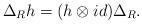
LaTeX: \begin{align*}\Delta_{R} h = ( h \otimes id) \Delta_R.\end{align*}